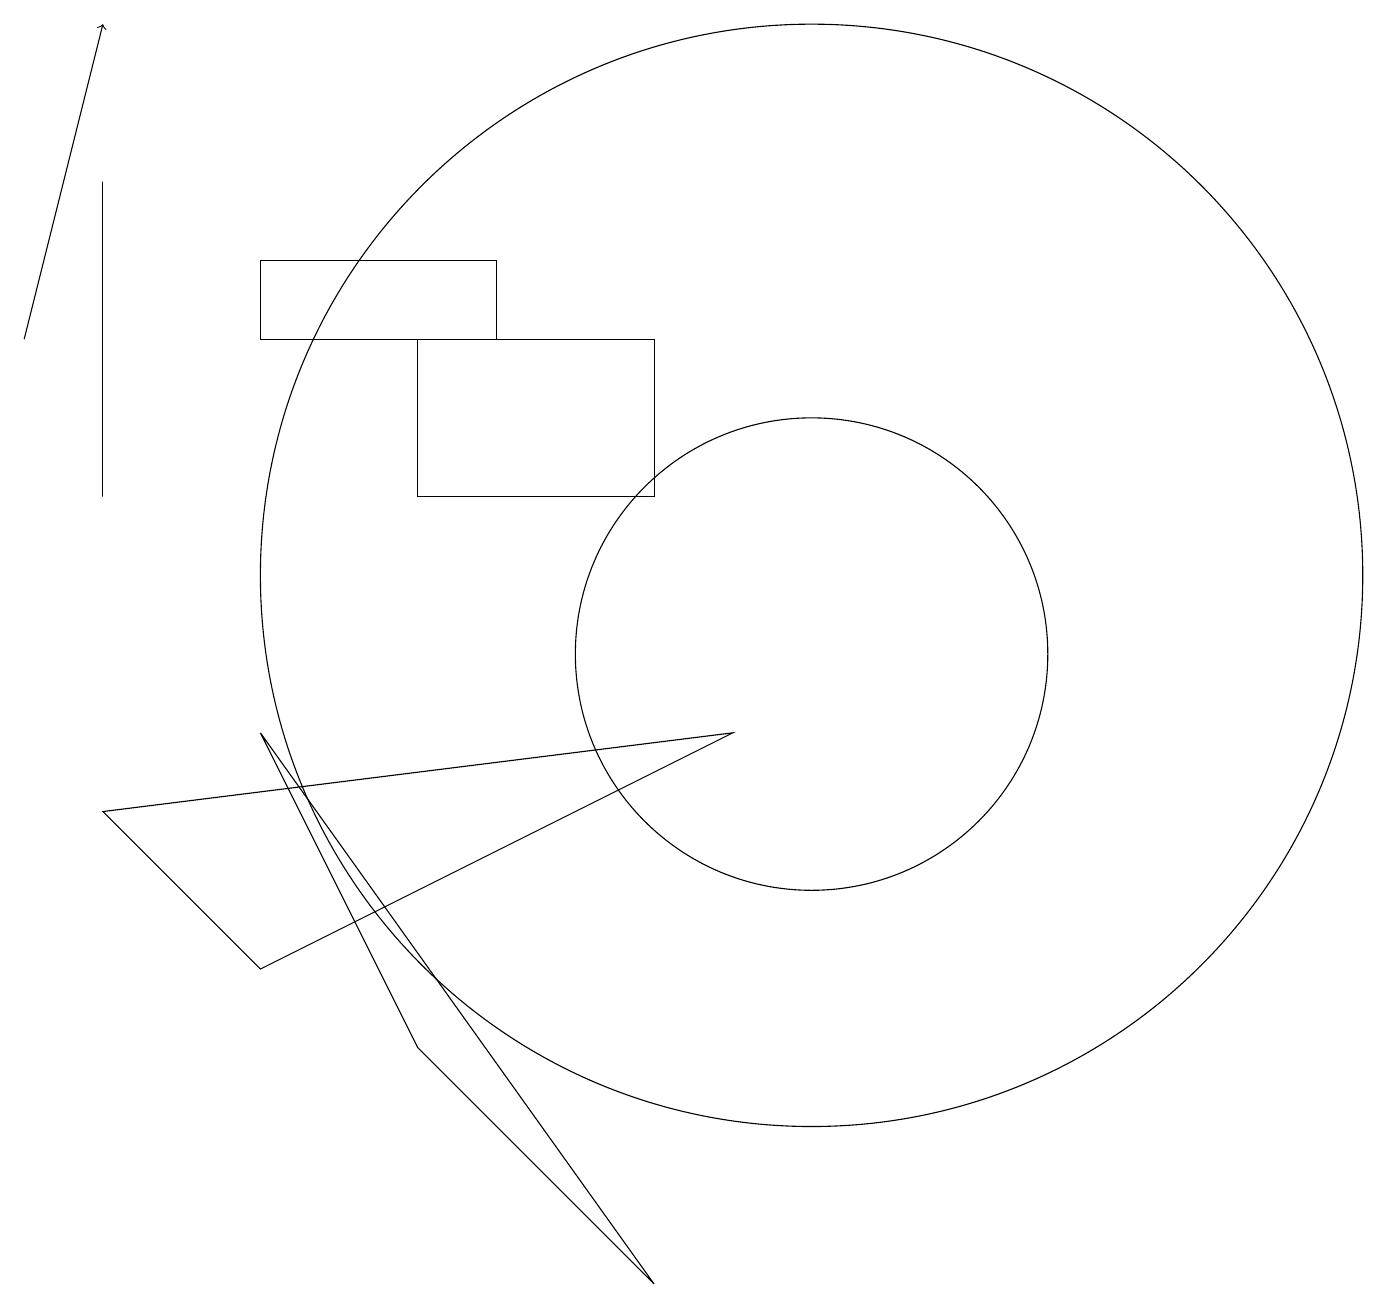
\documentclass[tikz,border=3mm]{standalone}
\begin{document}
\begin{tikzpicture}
\draw (1,16) rectangle (1,12);
\draw (1,8) -- (3,6) -- (9,9) -- cycle;
\draw[->] (0,14) -- (1,18);
\draw (10,11) circle (7);
\draw (5,12) rectangle (8,14);
\draw (10,10) circle (3);
\draw (3,14) rectangle (6,15);
\draw (5,5) -- (3,9) -- (8,2) -- cycle;
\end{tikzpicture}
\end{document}